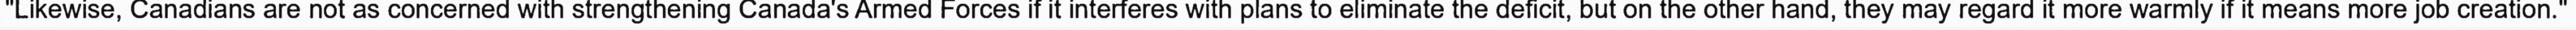
"Likewise, Canadians are not as concerned with strengthening Canada's Armed Forces if it interferes with plans to eliminate the deficit, but on the other hand, they may regard it more warmly if it means more job creation."